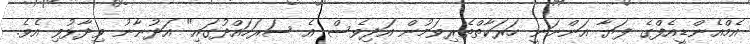
އެމްއެންޑީއެފްގެ ފަޔާ އަންނަނީ ހަރަކާތްތެރިވަމުން އަދިވެސް އެ ސަރަހައްދުގައި" އަދުނާނު ވިދާޅުވި އެވެ.